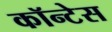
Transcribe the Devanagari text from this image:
कॉन्टेस